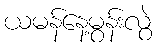
ယမန်နေ့မွန်းလွဲ